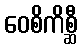
ဝေစိကိစ္ဆီ